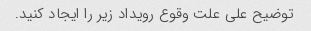
توضیح علی علت وقوع رویداد زیر را ایجاد کنید.